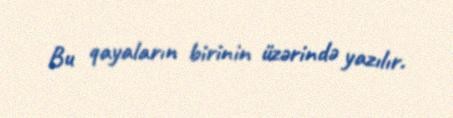
Bu qayaların birinin üzərində yazılır.